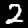
Digit: 2